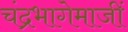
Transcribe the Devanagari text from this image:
चंद्रभागेमाजीं